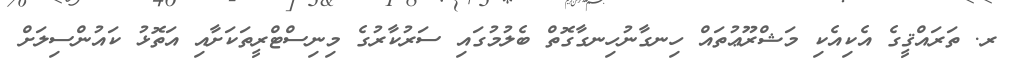
ރ. ތަރައްޤީގެ އެކިއެކި މަޝްރޫޢުތައް ހިނގާނުހިނގާގޮތް ބެލުމުގައި ސަރުކާރުގެ މިނިސްޓްރީތަކަށާއި އަތޮޅު ކައުންސިލަށް